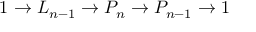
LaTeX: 1 \to L _ { n - 1 } \to P _ { n } \to P _ { n - 1 } \to 1